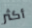
أكثر